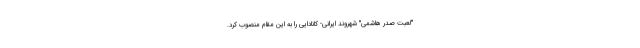
"لعبت صدر هاشمی" شهروند ایرانی- کانادایی را به این مقام منصوب کرد.